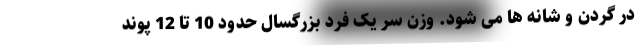
در گردن و شانه ها می شود. وزن سر یک فرد بزرگسال حدود 10 تا 12 پوند